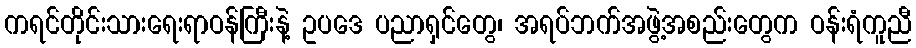
ကရင်တိုင်းသားရေးရာဝန်ကြီးနဲ့ ဥပဒေ ပညာရှင်တွေ၊ အရပ်ဘက်အဖွဲ့အစည်းတွေက ဝန်းရံကူညီ